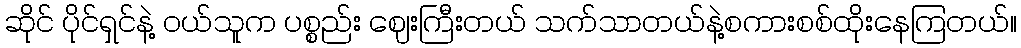
ဆိုင် ပိုင်ရှင်နဲ့ ဝယ်သူက ပစ္စည်း ဈေးကြီးတယ် သက်သာတယ်နဲ့စကားစစ်ထိုးနေကြတယ်။